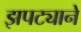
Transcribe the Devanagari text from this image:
झपट्याने